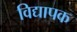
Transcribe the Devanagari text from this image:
विद्यापक